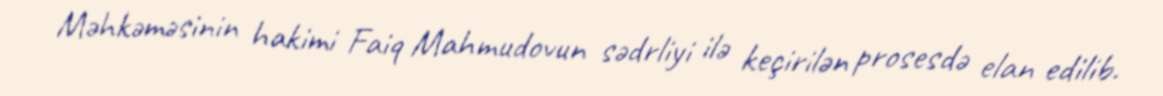
Məhkəməsinin hakimi Faiq Mahmudovun sədrliyi ilə keçirilən prosesdə elan edilib.